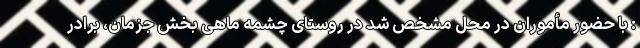
: با حضور مأموران در محل مشخص شد در روستای چشمه ماهی بخش جزمان، برادر